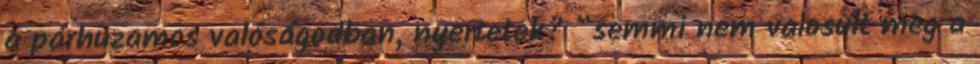
a párhuzamos valóságodban, nyertetek? “semmi nem valosult meg a